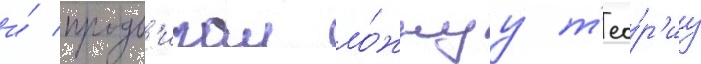
и́ продв'игал ло́жнуу т'ео́р'иу